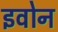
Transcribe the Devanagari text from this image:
इवोन